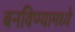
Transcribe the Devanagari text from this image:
बनविण्यामध्ये